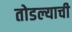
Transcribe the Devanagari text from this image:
तोडल्याची